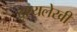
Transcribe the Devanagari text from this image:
दृश्यलेखी